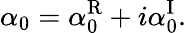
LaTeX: \alpha_{0}=\alpha_{0}^{\mathrm{R}}+i\alpha_{0}^{\mathrm{I}}.